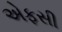
એફસી